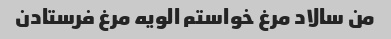
من سالاد مرغ خواستم الویه مرغ فرستادن